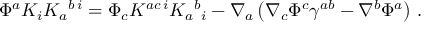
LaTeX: \Phi ^ { a } K _ { i } K _ { a } { } ^ { b \, i } = \Phi _ { c } K ^ { a c \, i } K _ { a } { } ^ { b } { } _ { i } - \nabla _ { a } \left( \nabla _ { c } \Phi ^ { c } \gamma ^ { a b } - \nabla ^ { b } \Phi ^ { a } \right) \, .